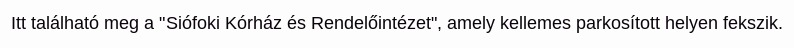
Itt található meg a "Siófoki Kórház és Rendelőintézet", amely kellemes parkosított helyen fekszik.